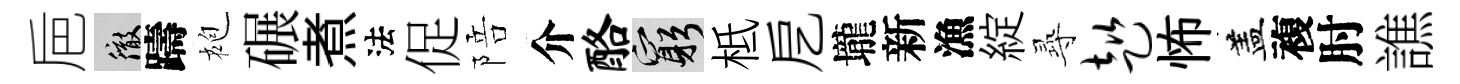
巵徹躊袍碾煮法促陪介酪窮柢戹壠新漁綻𡬶趑怖盖複肘譙